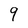
Character: 9